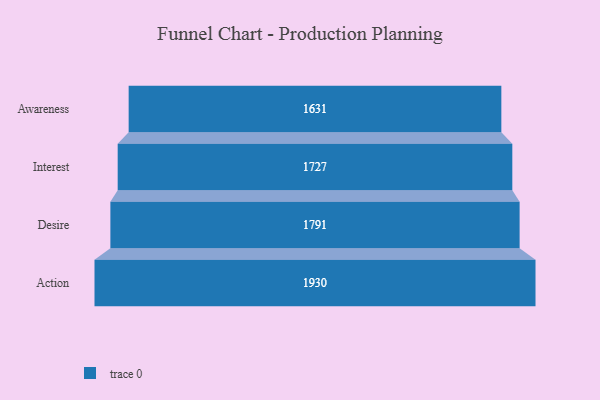
{"axis": {"x": "Stage", "y": "Value"}, "legend": [""], "data": [{"x": "Awareness", "y": 1631.0, "type": ""}, {"x": "Interest", "y": 1727.0, "type": ""}, {"x": "Desire", "y": 1791.0, "type": ""}, {"x": "Action", "y": 1930.0, "type": ""}]}